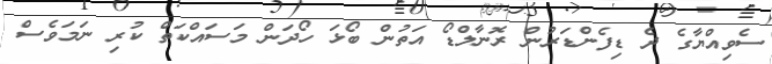
ސެވިއްޔާގެ ދެ ޑިފެންޑަރުން ރޮނާލްޑޯ އަތުން ބޯޅަ ހޯދަން މަސައްކަތް ކުރި ނަމަވެސް